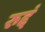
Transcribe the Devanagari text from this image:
रुद्दं